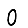
Digit: 0